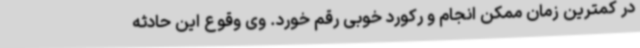
در کمترین زمان ممکن انجام و رکورد خوبی رقم خورد. وی وقوع این حادثه